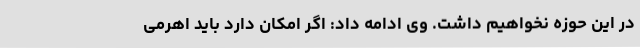
در این حوزه نخواهیم داشت. وی ادامه داد: اگر امکان دارد باید اهرمی